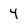
Character: 4